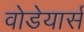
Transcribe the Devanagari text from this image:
वोडेयार्स